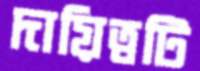
দায়িত্বটি